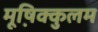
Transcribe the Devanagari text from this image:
मूष़िक्कुलम